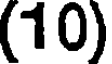
(10)